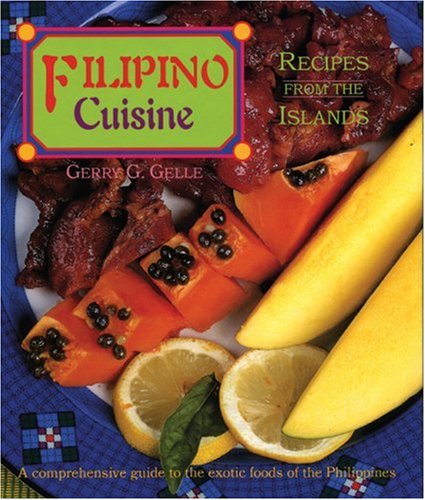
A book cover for Filipino Cuisine: Recipes from the Islands (Red Crane Cookbook Series); Dr. Gerry G. Gelle; Cookbooks, Food & Wine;